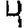
Digit: 4